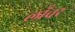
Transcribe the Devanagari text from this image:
लाँचर